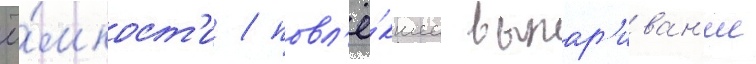
ё́мкост'и / повл'ё́кшее выпар'иван'ие